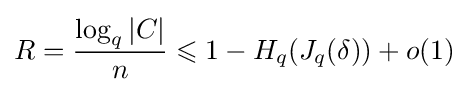
R={\log _{q}{|C|} \over n}\leqslant 1-H_{q}(J_{q}(\delta ))+o(1)